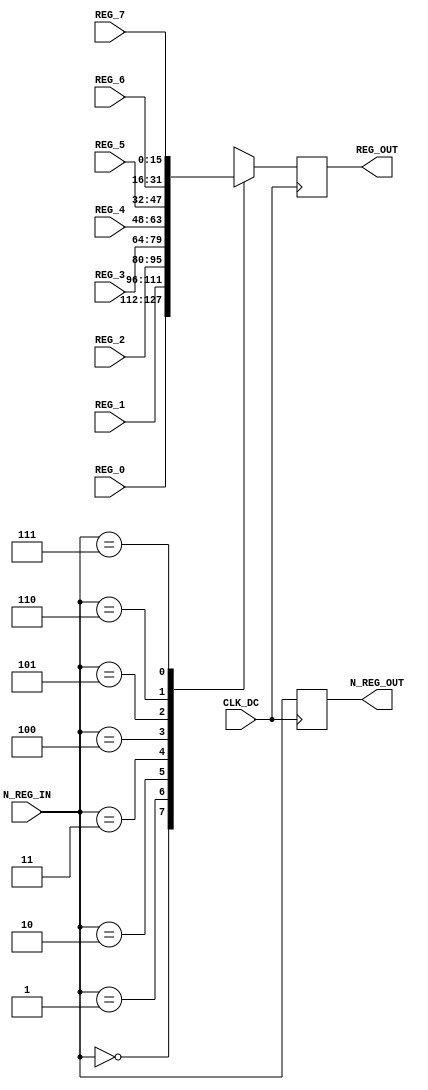
module reg_dc(
    input CLK_DC,
    input[2:0] N_REG_IN,
    input[15:0] REG_0,
    input[15:0] REG_1,
    input[15:0] REG_2,
    input[15:0] REG_3,
    input[15:0] REG_4,
    input[15:0] REG_5,
    input[15:0] REG_6,
    input[15:0] REG_7,
    output reg[2:0] N_REG_OUT,
    output reg[15:0] REG_OUT
);
    
    always @(posedge CLK_DC) begin
        case (N_REG_IN)
            3'b000: REG_OUT = REG_0;
            3'b001: REG_OUT = REG_1;
            3'b010: REG_OUT = REG_2;
            3'b011: REG_OUT = REG_3;
            3'b100: REG_OUT = REG_4;
            3'b101: REG_OUT = REG_5;
            3'b110: REG_OUT = REG_6;
            3'b111: REG_OUT = REG_7;
            default: ; // nothing to do
        endcase

        N_REG_OUT <= N_REG_IN;
    end
endmodule